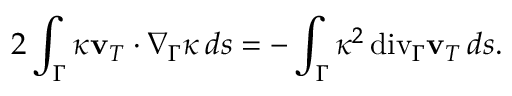
2 \int _ { \Gamma } \kappa \mathbf v _ { T } \cdot \nabla _ { \Gamma } \kappa \, d s = - \int _ { \Gamma } \kappa ^ { 2 } { \mathop { \, \mathrm { d i v } } } _ { \Gamma } \mathbf v _ { T } \, d s .